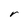
Character: r